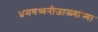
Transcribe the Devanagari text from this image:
भ्रमणध्वनीजाळ्यांच्या